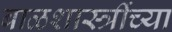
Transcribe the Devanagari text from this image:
बाळशास्त्रींच्या